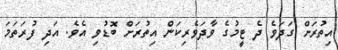
އިތުރަށް ގަދަވެ ދެ ޓީމުގެ ވާދަވެރިކަން އިތުރަށް ބޮޑުވި އެވެ. އަދި ފުރަތަމަ